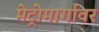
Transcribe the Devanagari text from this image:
मेट्रोमार्गावर